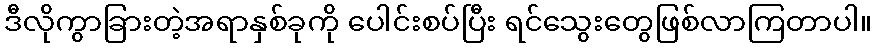
ဒီလိုကွာခြားတဲ့အရာနှစ်ခုကို ပေါင်းစပ်ပြီး ရင်သွေးတွေဖြစ်လာကြတာပါ။